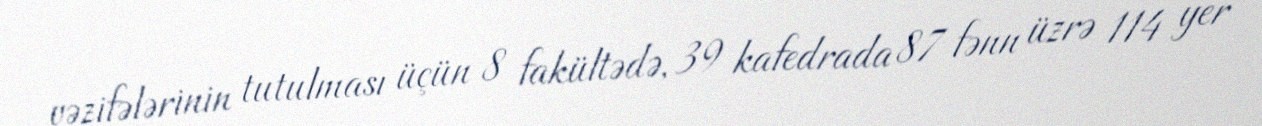
vəzifələrinin tutulması üçün 8 fakültədə, 39 kafedrada 87 fənn üzrə 114 yer